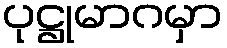
ပုဋ္ဌုမာဂမှာ